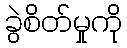
ခွဲစိတ်မှုကို